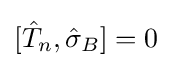
{\textstyle [{\hat {T}}_{n},{\hat {\sigma }}_{B}]=0}